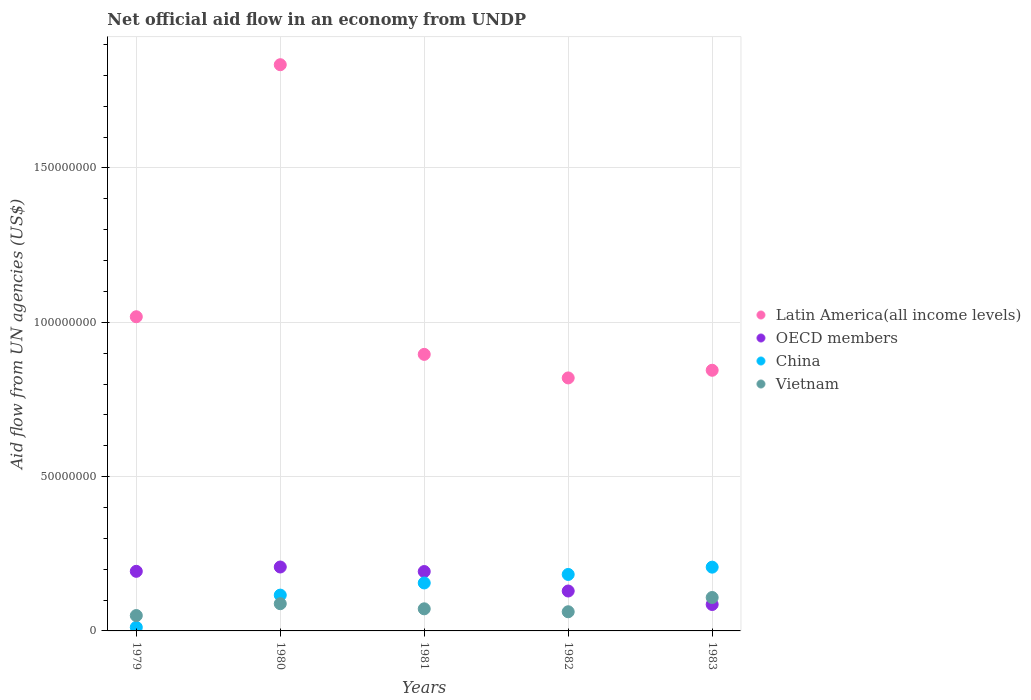
| Years | Latin America(all income levels) | OECD members | China | Vietnam |
 | --- | --- | --- | --- | --- |
 | 1979 | 1.02e+08 | 1.93e+07 | 1.16e+06 | 4.98e+06 |
 | 1980 | 1.83e+08 | 2.07e+07 | 1.16e+07 | 8.82e+06 |
 | 1981 | 8.96e+07 | 1.92e+07 | 1.55e+07 | 7.16e+06 |
 | 1982 | 8.2e+07 | 1.29e+07 | 1.83e+07 | 6.21e+06 |
 | 1983 | 8.44e+07 | 8.56e+06 | 2.07e+07 | 1.08e+07 |